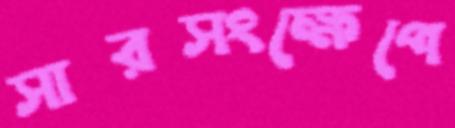
সারসংক্ষেপে